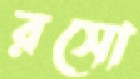
রসো